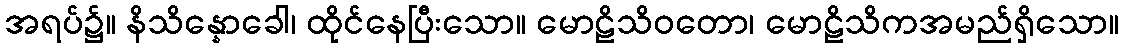
အရပ်၌။ နိသိန္နောခေါ၊ ထိုင်နေပြီးသော။ မောဠိသိဝတော၊ မောဠိသိကအမည်ရှိသော။